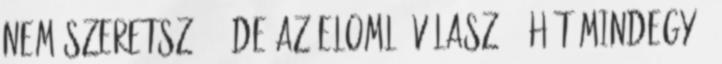
nem szeretsz." - de az elomló válasz: ".hát.mindegy "